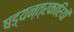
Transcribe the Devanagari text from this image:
षड्‍यन्त्रकारियों